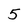
Character: 5